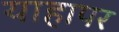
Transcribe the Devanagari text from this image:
याहापर